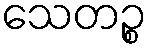
သေတဉ္စ